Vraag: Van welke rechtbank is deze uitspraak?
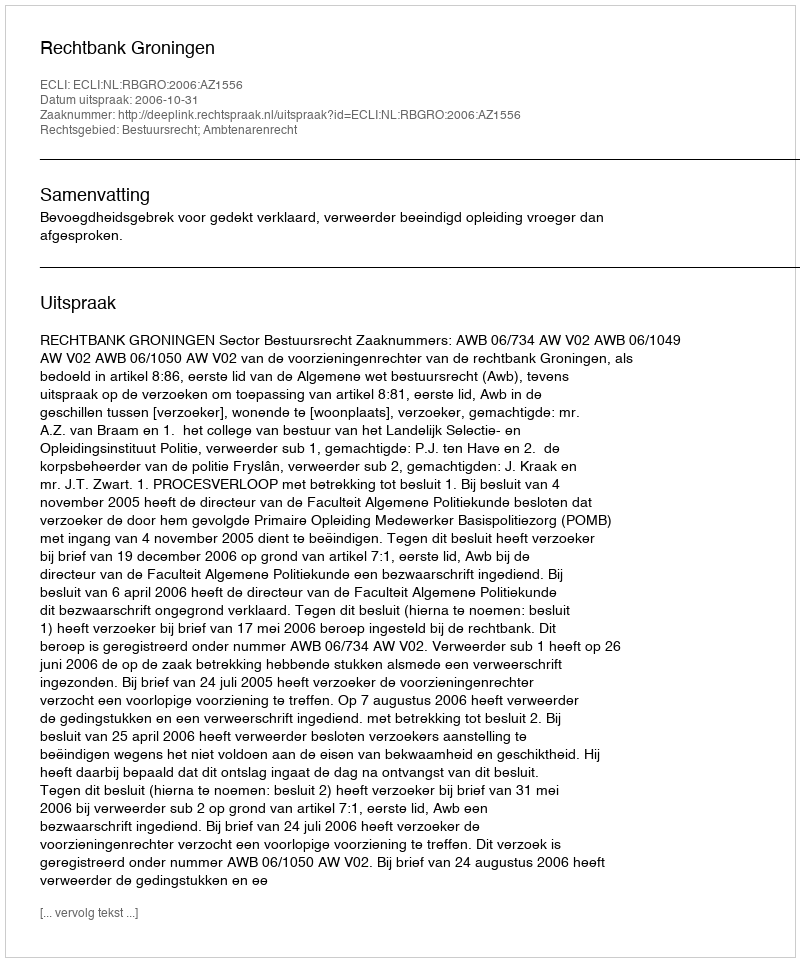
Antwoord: Rechtbank Groningen